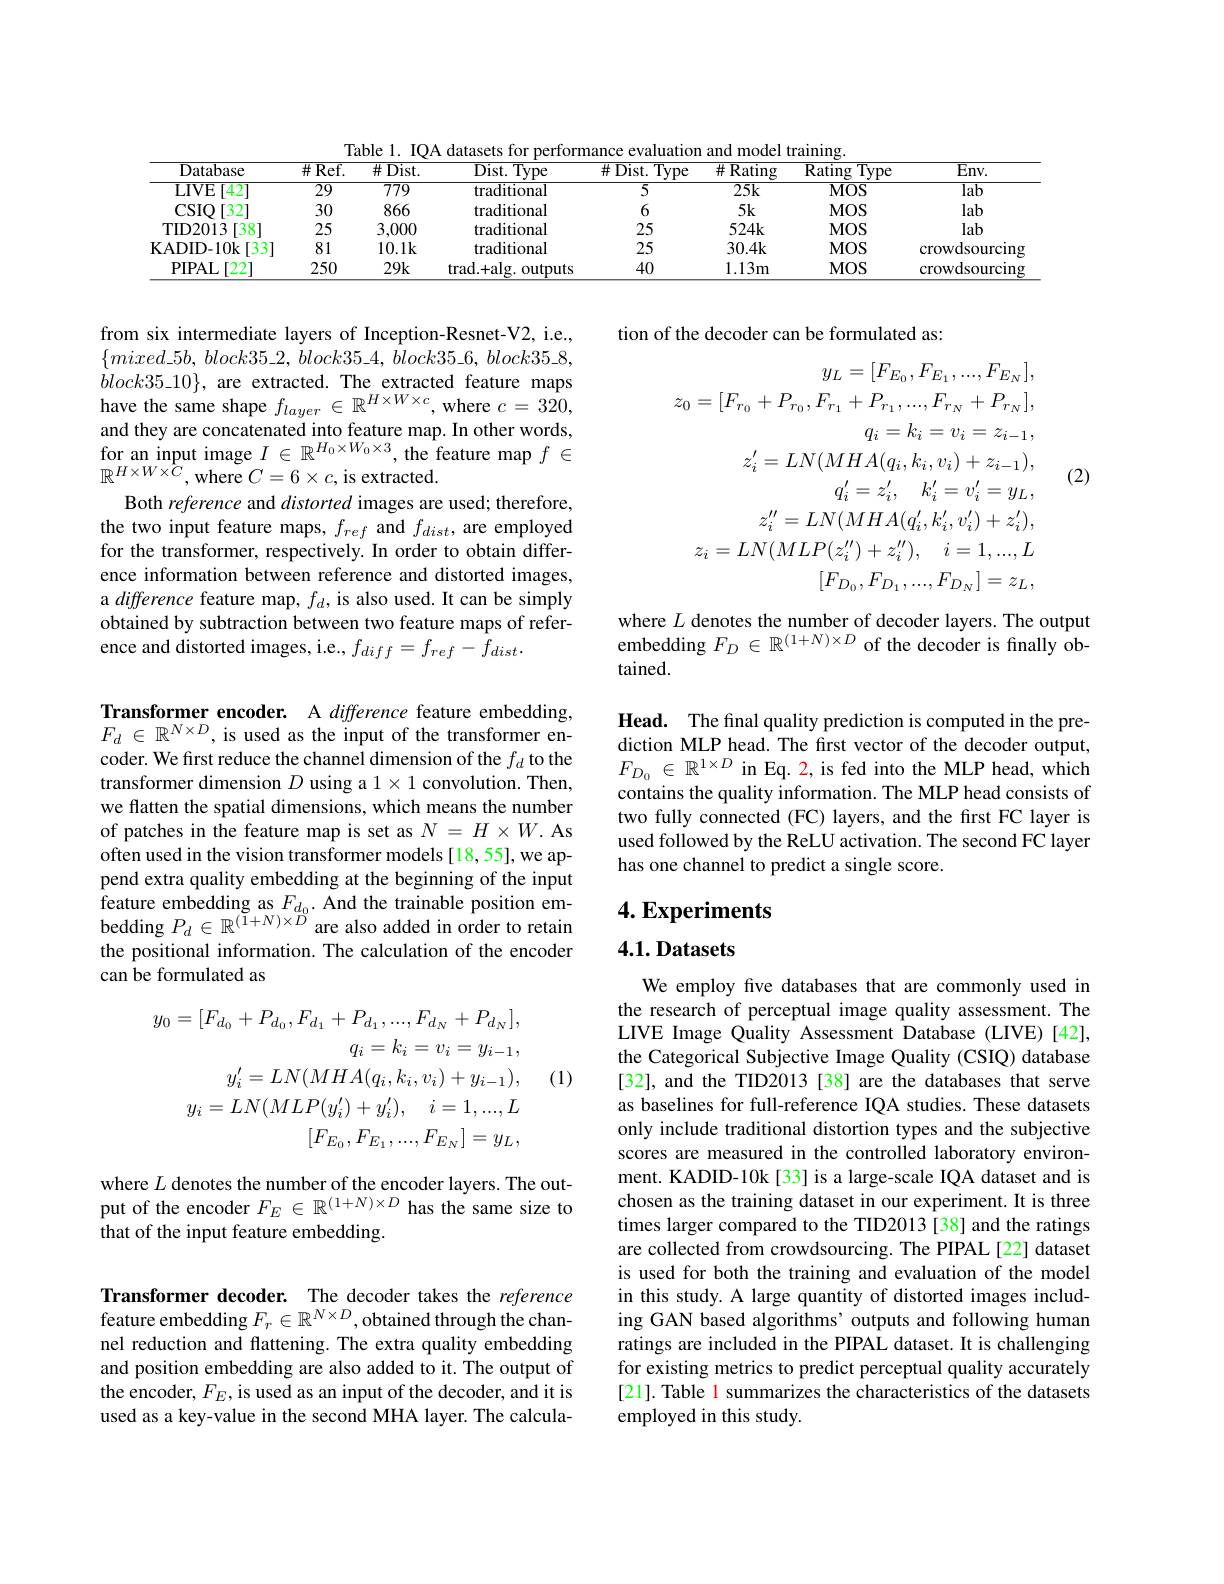
Table 1. IQA datasets for performance evaluation and model training
<table>
	<tbody>
		<tr>
			<th>Database</th>
			<th>$\#{\mathrm{Ref}}.$</th>
			<th>$\overline{\#\mathrm{Dist.}}$</th>
			<th>$\overline{\mathrm{Dist.~Type}}$</th>
			<th>$\overline{\#\mathrm{Dist.~Type}}$</th>
			<th>$\#{\mathrm{Rating}}$</th>
			<th>$\overline{\text{Rating}}$ $\overline{\mathrm{Type}}$</th>
			<th>$\overline{\mathrm{Env.}}$</th>
		</tr>
		<tr>
			<td>LIVE $[42^{-}]$</td>
			<td>$\overline{29}$</td>
			<td>$\overline{779}$</td>
			<td>traditional</td>
			<td>$\overline{5}$</td>
			<td>$\overline{25k}$</td>
			<td>$MOS$</td>
			<td>$\overline{\mathrm{lab}}$</td>
		</tr>
		<tr>
			<td>$\mathbf{CSIO}$ $)[32^{-}$</td>
			<td>30</td>
			<td>866</td>
			<td>traditional</td>
			<td>6</td>
			<td>$5k$</td>
			<td>$MOS$</td>
			<td>lab</td>
		</tr>
		<tr>
			<td>TID2013 [38]</td>
			<td>25</td>
			<td>3,000</td>
			<td>traditional</td>
			<td>25</td>
			<td>$524k$</td>
			<td>$MOS$</td>
			<td>lab</td>
		</tr>
		<tr>
			<td>KADID-10k [33]</td>
			<td>81</td>
			<td>10.1k</td>
			<td>traditional</td>
			<td>25</td>
			<td>30.4k</td>
			<td>$MOS$</td>
			<td>crowdsourcin</td>
		</tr>
		<tr>
			<td>PIPAL 222</td>
			<td>250</td>
			<td>$29k$</td>
			<td>trad. + alg. outputs</td>
			<td>40</td>
			<td>$1.13m$</td>
			<td>$MOS$</td>
			<td>crowdsourcin</td>
		</tr>
	</tbody>
</table>

tion of the decoder can be formulated as:
$$y_{L}=[F_{E_{0}},F_{E_{1}},...,F_{E_{N}}],\\z_{0}=[F_{r_{0}}+P_{r_{0}},F_{r_{1}}+P_{r_{1}},...,F_{r_{N}}+P_{r_{N}}],\\q_{i}=k_{i}=v_{i}=z_{i-1},\\z_{i}^{\prime}=LN(MHA(q_{i},k_{i},v_{i})+z_{i-1}),\\q_{i}^{\prime}=z_{i}^{\prime},\quad k_{i}^{\prime}=v_{i}^{\prime}=y_{L},\\z_{i}^{\prime\prime}=LN(MHA(q_{i}^{\prime},k_{i}^{\prime},v_{i}^{\prime})+z_{i}^{\prime}),\\z_{i}=LN(MLP(z_{i}^{\prime\prime})+z_{i}^{\prime\prime}),\quad i=1,...,L\\[F_{D_{0}},F_{D_{1}},...,F_{D_{N}}]=z_{L},$$
(2)

from six intermediate layers of Inception-Resnet-V2, i.e., $\{ mixed\_ 5b$, $block35\_ 2$, $block35\_ 4$, $block35\_ 6$, $block35\_ 8$, $block35\_ 10\} $, are extracted. The extracted feature maps have the same shape $f_{layer}\in \mathbb{R} ^{H\times W\times c}$,where $c= 320$, $\begin{array}{l}{\text{and they are concatenated into feature map. In other words,}}\\{\text{for an input image }I\in\mathbb{R}^{H_{0}\times W_{0}\times3},\text{the feature map }f\in}\end{array}$ $\mathbb{R}^{H\times W\times C}$,where $C=6\times c$,is extracted.
Both reference and distorted images are used; therefore, the two input feature maps, $f_{ref}$ and $f_{dist}$, are employed for the transformer, respectively. In order to obtain difference information between reference and distorted images, a difference feature map, $f_d$, is also used. It can be simply obtained by subtraction between two feature maps of reference and distorted images, i.e., $f_{diff}=f_{ref}-\bar{f}_{dist}.$

where $L$ denotes the number of decoder layers. The output embedding $F_{D}\in \mathbb{R} ^{( 1+ N) \times D}$ of the decoder is finally ob-
tained.

Head. The final quality prediction is computed in the prediction MLP head. The first vector of the decoder output, $F_{D_0}\in\mathbb{R}^{1\times D}$ in Eq. 2, is fed into the MLP head, which contains the quality information. The MLP head consists of two fully connected (FC) layers, and the first FC layer is used followed by the ReLU activation. The second FC layer has one channel to predict a single score.

Transformer encoder. A difference feature embedding, $F_d\in\mathbb{R}^{N\times D}$, is used as the input of the transformer encoder. We first reduce the channel dimension of the $f_d$ to the transformer dimension $D$ using a $1\times1$ convolution. Then, we flatten the spatial dimensions, which means the number of patches in the feature map is set as $N=H\times W.$ As often used in the vision transformer models [18,55], we append extra quality embedding at the beginning of the input feature embedding as $F_{d_0}.$ And the trainable position embedding $P_d\in\mathbb{R}^{(\breve{1}+N)\times\widetilde{D}}$ are also added in order to retain the positional information. The calculation of the encoder can be formulated as

$4. \textbf{Experiments}$

### 4.1.Datasets

(1)
$$y_{0}=[F_{d_{0}}+P_{d_{0}},F_{d_{1}}+P_{d_{1}},...,F_{d_{N}}+P_{d_{N}}],\\q_{i}=k_{i}=v_{i}=y_{i-1},\\y_{i}^{\prime}=LN(MHA(q_{i},k_{i},v_{i})+y_{i-1}),\\y_{i}=LN(MLP(y_{i}^{\prime})+y_{i}^{\prime}),\quad i=1,...,L\\[F_{E_{0}},F_{E_{1}},...,F_{E_{N}}]=y_{L},$$
We employ fve databases that are commonly used in the research of perceptual image quality assessment. The LIVE Image Quality Assessment Database (LIVE)[42], the Categorical Subjective Image Quality (CSIQ) database [32], and the TID2013 [38] are the databases that serve as baselines for full-reference IQA studies. These datasets only include traditional distortion types and the subjective scores are measured in the controlled laboratory environment. KADID-10k[33] is a large-scale IQA dataset and is chosen as the training dataset in our experiment. It is three times larger compared to the TID2013 [38] and the ratings are collected from crowdsourcing. The PIPAL[22] dataset is used for both the training and evaluation of the model in this study. A large quantity of distorted images including GAN based algorithms’ outputs and following human ratings are included in the PIPAL dataset. It is challenging for existing metrics to predict perceptual quality accurately [21]. Table l summarizes the characteristics of the datasets employed in this study

where $L$ denotes the number of the encoder layers. The out-put of the encoder $F_E\in\mathbb{R}^{(1+N)\times D}$ has the same size to
that of the input feature embedding.

Transformer decoder. The decoder takes the reference feature embedding $F_r\in\mathbb{R}^{N\times D}$,obtained through the channel reduction and flattening. The extra quality embedding and position embedding are also added to it. The output of the encoder, $F_E$, is used as an input of the decoder, and it is used as a key-value in the second MHA layer. The calcula-